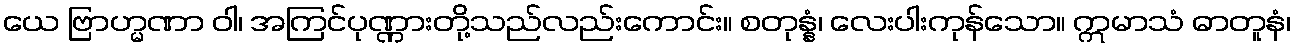
ယေ ဗြာဟ္မဏာ ဝါ၊ အကြင်ပုဏ္ဏားတို့သည်လည်းကောင်း။ စတုန္နံ၊ လေးပါးကုန်သော။ ဣမာသံ ဓာတူနံ၊